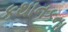
કથાનકના